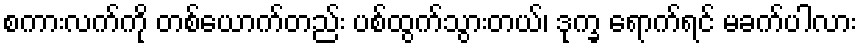
စကားလက်ကို တစ်ယောက်တည်း ပစ်ထွက်သွားတယ်၊ ဒုက္ခ ရောက်ရင် မခက်ပါလား